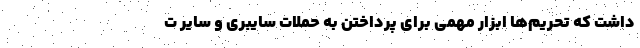
داشت که تحریم‌ها ابزار مهمی برای پرداختن به حملات سایبری و سایر ت